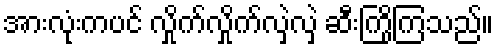
အားလုံးကပင် လှိုက်လှိုက်လှဲလှဲ ဆီးကြိုကြသည်။